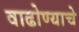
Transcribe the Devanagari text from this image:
वाढोण्याचे